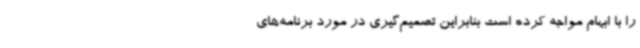
را با ابهام مواجه کرده است بنابراین تصمیم‌گیری در مورد برنامه‌های